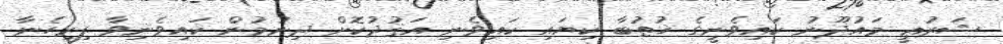
ޝަރުޢީ މައުޛޫނު ކައިވެނީގެ ޚުޠުބާ ކިޔައި ކައިވެނި އަޤުދުކޮށް ދިނުމުން ކައިވެނިވާ ފިރިހެނާ